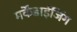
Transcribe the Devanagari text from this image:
मर्केंडाईजिंग